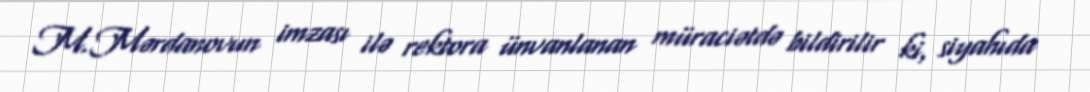
M.Mərdanovun imzası ilə rektora ünvanlanan müraciətdə bildirilir ki, siyahıda